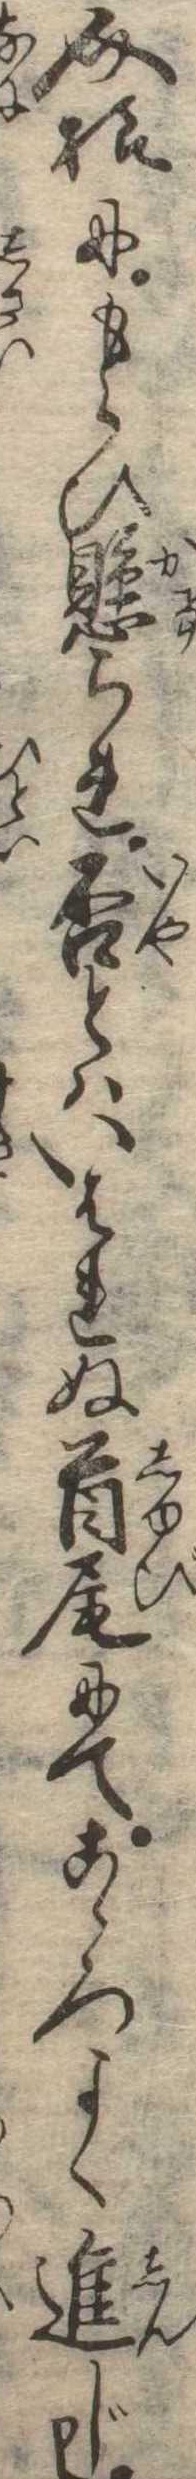
介様にもらひ懸られ否とはいはれぬ首尾にてこゝろよく進じ